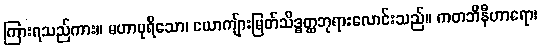
ကြားရသည်ကား။ မဟာပုရိသော၊ ယောကျ်ားမြတ်သိဒ္ဓတ္ထဘုရားလောင်းသည်။ ကတဘိနီဟာရော၊